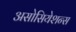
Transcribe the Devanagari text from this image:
असोसियेशन्स